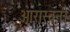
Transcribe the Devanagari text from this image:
आरास्वनी